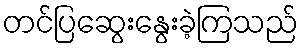
တင်ပြဆွေးနွေးခဲ့ကြသည်